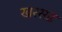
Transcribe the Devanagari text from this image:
खरसड